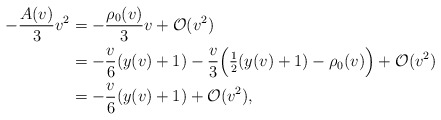
\begin{align*} -\frac{A(v)}{3}v^2&=-\frac{\rho_0(v)}{3}v+\mathcal{O}(v^2)\\&=-\frac{v}{6}(y(v)+1)-\frac{v}{3}\Big(\tfrac{1}{2}(y(v)+1)-\rho_0(v)\Big)+\mathcal{O}(v^2)\\&=-\frac{v}{6}(y(v)+1)+\mathcal{O}(v^2),\end{align*}